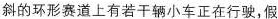
斜的环形赛道上有若干辆小车正在行驶，假